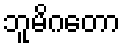
ဘူမိဂတော